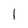
Character: 1